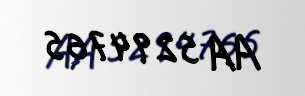
AA 5294765